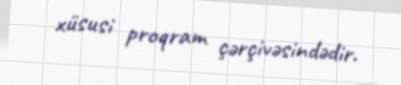
xüsusi proqram çərçivəsindədir.